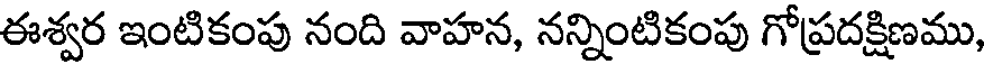
ఈశ్వర ఇంటికంపు నంది వాహన, నన్నింటికంపు గోప్రదక్షిణము,